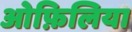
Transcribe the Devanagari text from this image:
ओफ़िलिया